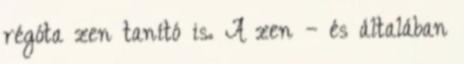
régóta zen tanító is. A zen – és általában